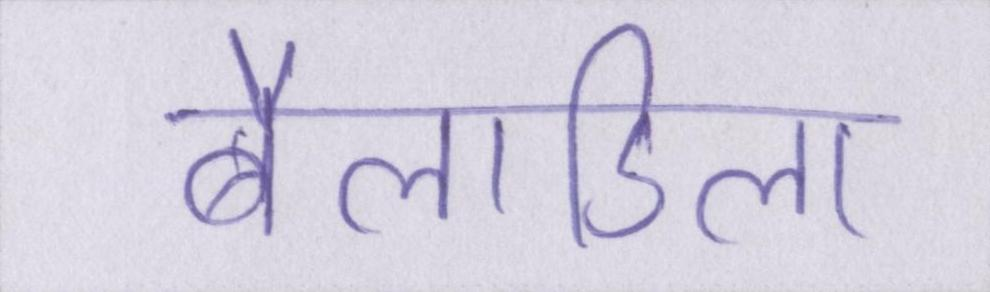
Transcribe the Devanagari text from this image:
बैलाडिला